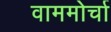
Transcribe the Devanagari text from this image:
वाममोर्चा